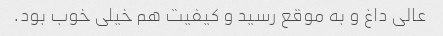
عالی داغ و به موقع رسید و کیفیت هم خیلی خوب بود.